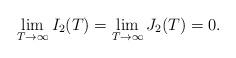
LaTeX: \begin{align*} \lim_{T\to\infty}I_2(T)=\lim_{T\to\infty}J_2(T)=0. \end{align*}